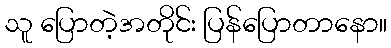
သူ ပြောတဲ့အတိုင်း ပြန်ပြောတာနော။